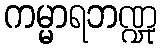
ကမ္မာရဘဏ္ဍု